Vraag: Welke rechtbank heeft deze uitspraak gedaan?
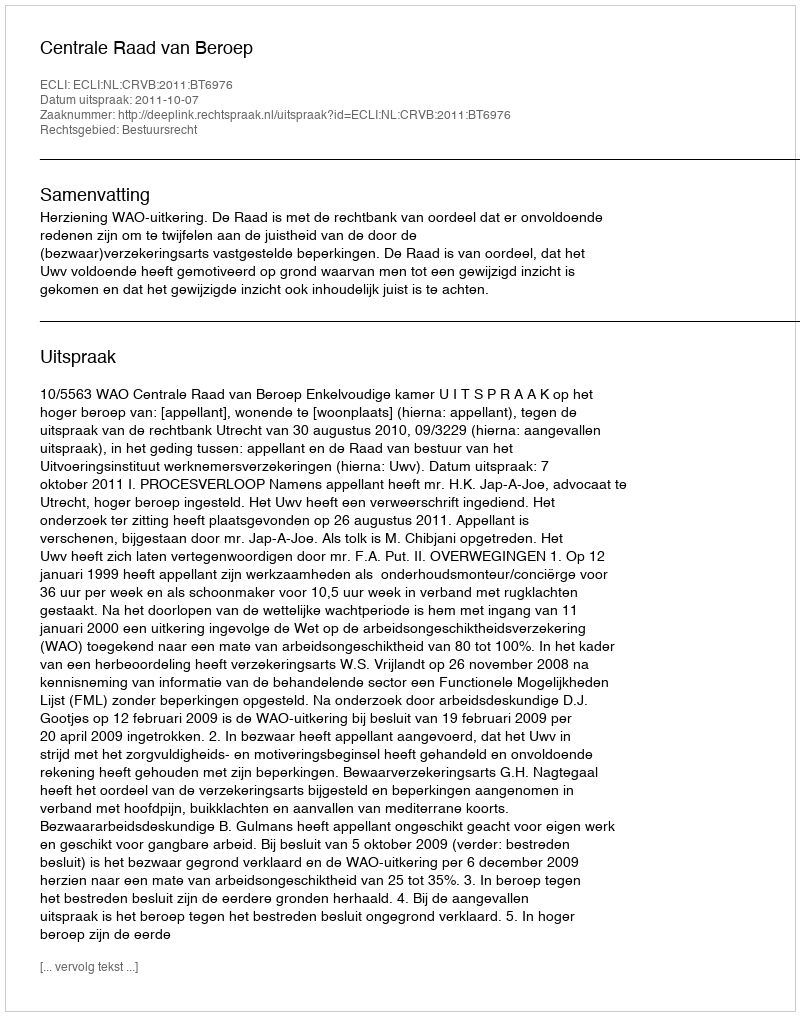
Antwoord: Centrale Raad van Beroep